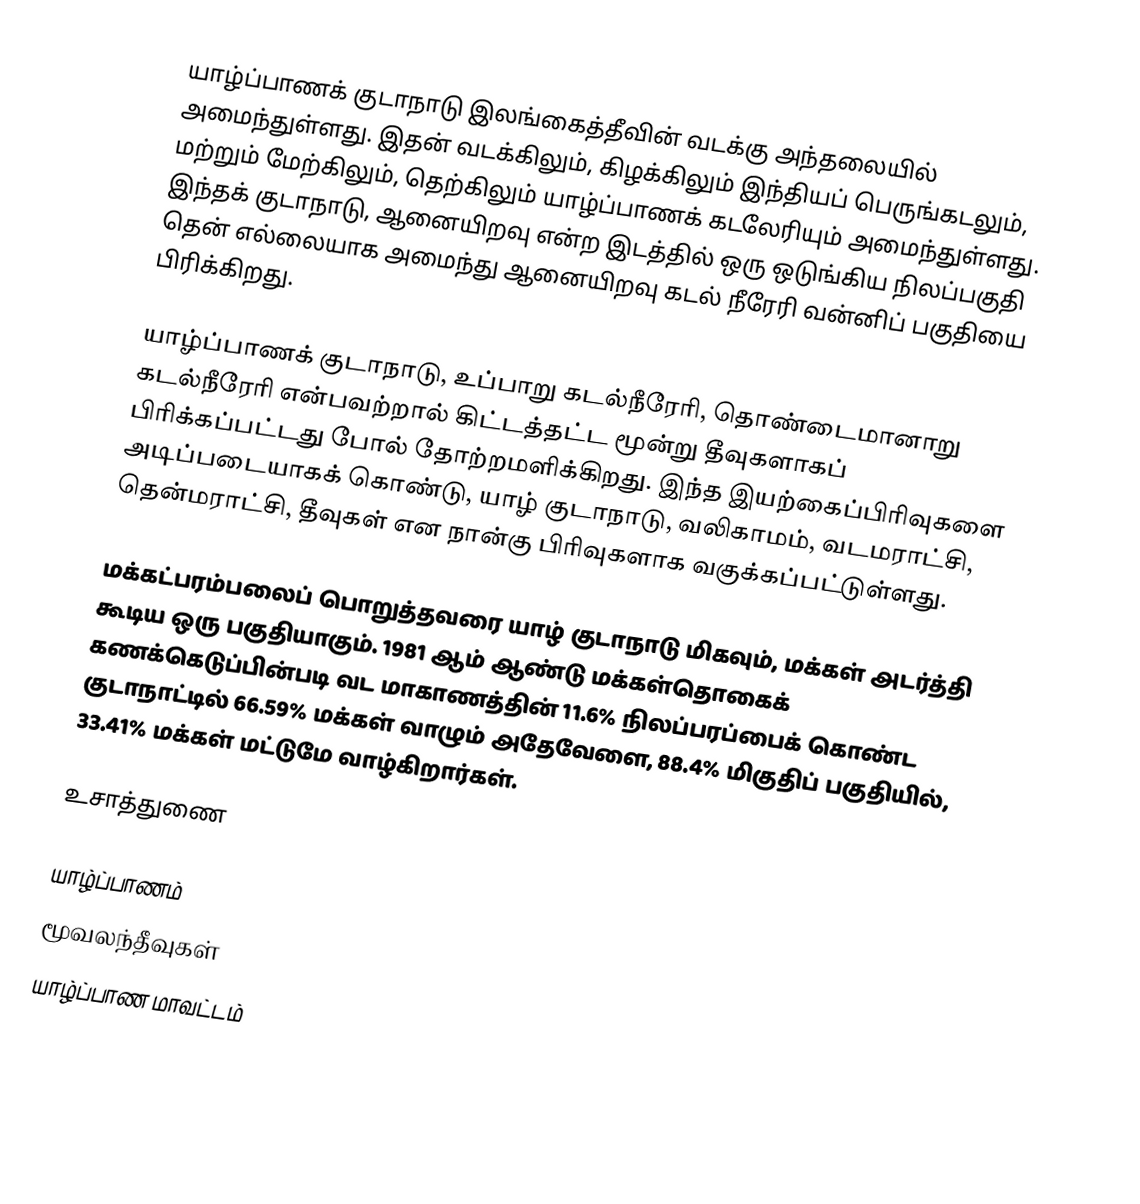
யாழ்ப்பாணக் குடாநாடு இலங்கைத்தீவின் வடக்கு அந்தலையில் அமைந்துள்ளது. இதன் வடக்கிலும், கிழக்கிலும் இந்தியப் பெருங்கடலும், மற்றும் மேற்கிலும், தெற்கிலும் யாழ்ப்பாணக் கடலேரியும் அமைந்துள்ளது. இந்தக் குடாநாடு, ஆனையிறவு என்ற இடத்தில் ஒரு ஒடுங்கிய நிலப்பகுதி தென் எல்லையாக அமைந்து ஆனையிறவு கடல் நீரேரி  வன்னிப் பகுதியை பிரிக்கிறது.

யாழ்ப்பாணக் குடாநாடு, உப்பாறு கடல்நீரேரி, தொண்டைமானாறு கடல்நீரேரி என்பவற்றால் கிட்டத்தட்ட மூன்று தீவுகளாகப் பிரிக்கப்பட்டது போல் தோற்றமளிக்கிறது. இந்த இயற்கைப்பிரிவுகளை அடிப்படையாகக் கொண்டு, யாழ் குடாநாடு, வலிகாமம், வடமராட்சி, தென்மராட்சி, தீவுகள் என நான்கு பிரிவுகளாக வகுக்கப்பட்டுள்ளது.

மக்கட்பரம்பலைப் பொறுத்தவரை யாழ் குடாநாடு மிகவும், மக்கள் அடர்த்தி கூடிய ஒரு பகுதியாகும். 1981 ஆம் ஆண்டு மக்கள்தொகைக் கணக்கெடுப்பின்படி வட மாகாணத்தின் 11.6% நிலப்பரப்பைக் கொண்ட குடாநாட்டில் 66.59% மக்கள் வாழும் அதேவேளை, 88.4% மிகுதிப் பகுதியில், 33.41% மக்கள் மட்டுமே வாழ்கிறார்கள்.

உசாத்துணை

யாழ்ப்பாணம்
மூவலந்தீவுகள்
யாழ்ப்பாண மாவட்டம்